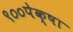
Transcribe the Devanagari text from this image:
९००पेक्षा